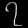
Digit: ၇